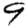
Digit: 9